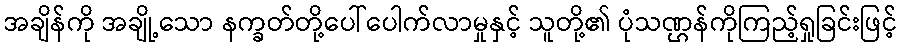
အချိန်ကို အချို့သော နက္ခတ်တို့ပေါ်ပေါက်လာမှုနှင့် သူတို့၏ ပုံသဏ္ဌန်ကိုကြည့်ရှုခြင်းဖြင့်